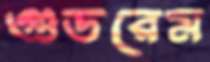
গুডরেম